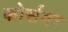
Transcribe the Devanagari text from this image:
कोर्सवर